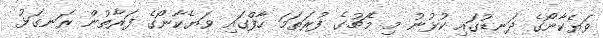
ވަޔެކާނޯގެ ދަނޑުގައި ކުޅުނު މި މެޗުގެ ފުރަތަމަ ހާފްގައި ވަޔެކާނޯގެ ފަރާތުން ރަނގަޅު